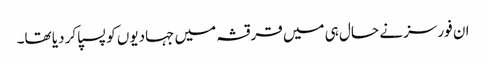
ان فورسز نے حال ہی میں قرقشہ میں جہادیوں کو پسپا کر دیا تھا۔